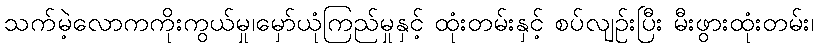
သက်မဲ့လောကကိုးကွယ်မှု၊မှော်ယုံကြည်မှုနှင့် ထုံးတမ်းနှင့် စပ်လျဉ်းပြီး မီးဖွားထုံးတမ်း၊